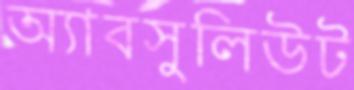
অ্যাবসুলিউট